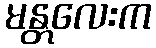
မန္တလေးက